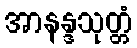
အာနန္ဒသုတ္တံ